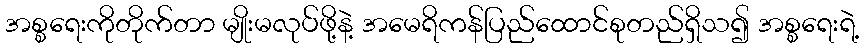
အစ္စရေးကိုတိုက်တာ မျိုးမလုပ်ဖို့နဲ့ အမေရိကန်ပြည်ထောင်စုတည်ရှိသ၍ အစ္စရေးရဲ့